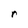
Character: r